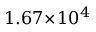
1 . 6 7 \! \times \! 1 0 ^ { 4 }